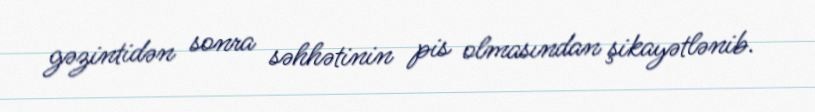
gəzintidən sonra səhhətinin pis olmasından şikayətlənib.